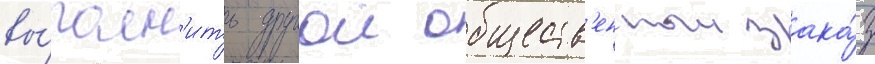
вы́полн'ить другои обществ'енныи зака́з